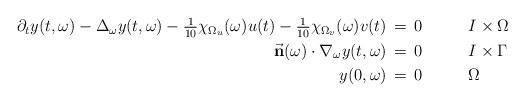
LaTeX: \begin{align*}\begin{aligned}\partial_ty(t,\omega)-\Delta_\omega y(t,\omega)-\tfrac1{10}\chi_{\Omega_u}(\omega)u(t)-\tfrac1{10}\chi_{\Omega_v}(\omega)v(t)&\,=\,0&\qquad&I\times\Omega&\\\vec{\mathbf n}(\omega)\cdot\nabla _\omega y(t,\omega)&\,=\,0&&I\times\Gamma&\\y(0,\omega)&\,=\,0&&\Omega\end{aligned}\end{align*}